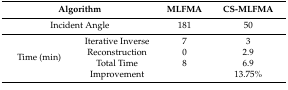
<table><thead><tr><td colspan="2"><b>Algorithm</b></td><td><b>MLFMA</b></td><td><b>CS-MLFMA</b></td></tr></thead><tbody><tr><td colspan="2">Incident Angle</td><td>181</td><td>50</td></tr><tr><td rowspan="4">Time (min)</td><td>Iterative Inverse</td><td>7</td><td>3</td></tr><tr><td>Reconstruction</td><td>0</td><td>2.9</td></tr><tr><td>Total Time</td><td>8</td><td>6.9</td></tr><tr><td>Improvement</td><td></td><td>13.75%</td></tr></tbody></table>